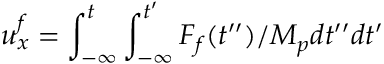
u _ { x } ^ { f } = \int _ { - \infty } ^ { t } \int _ { - \infty } ^ { t ^ { \prime } } F _ { f } ( t ^ { \prime \prime } ) / M _ { p } d t ^ { \prime \prime } d t ^ { \prime }